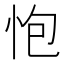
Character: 怉